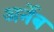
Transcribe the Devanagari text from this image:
अर्नेब